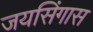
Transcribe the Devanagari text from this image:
जयसिंगास